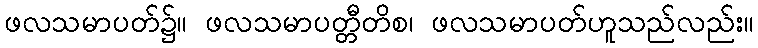
ဖလသမာပတ်၌။ ဖလသမာပတ္တီတိစ၊ ဖလသမာပတ်ဟူသည်လည်း။